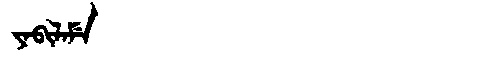
Manchu: ᠶᠠᠪᡳᠯᠠᠮᡝ
Romanization: YABILAME